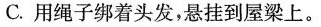
C.用绳子绑着头发，悬挂到屋梁上。